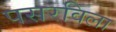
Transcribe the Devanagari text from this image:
पसरविला